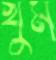
খুম